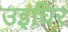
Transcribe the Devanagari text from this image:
उइघिर